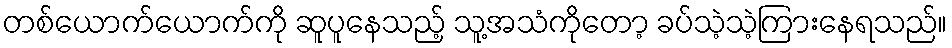
တစ်ယောက်ယောက်ကို ဆူပူနေသည့် သူ့အသံကိုတော့ ခပ်သဲ့သဲ့ကြားနေရသည်။